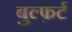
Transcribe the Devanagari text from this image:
बुल्फ़र्ट